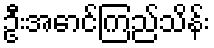
ဦးအောင်ကြည်သိန်း